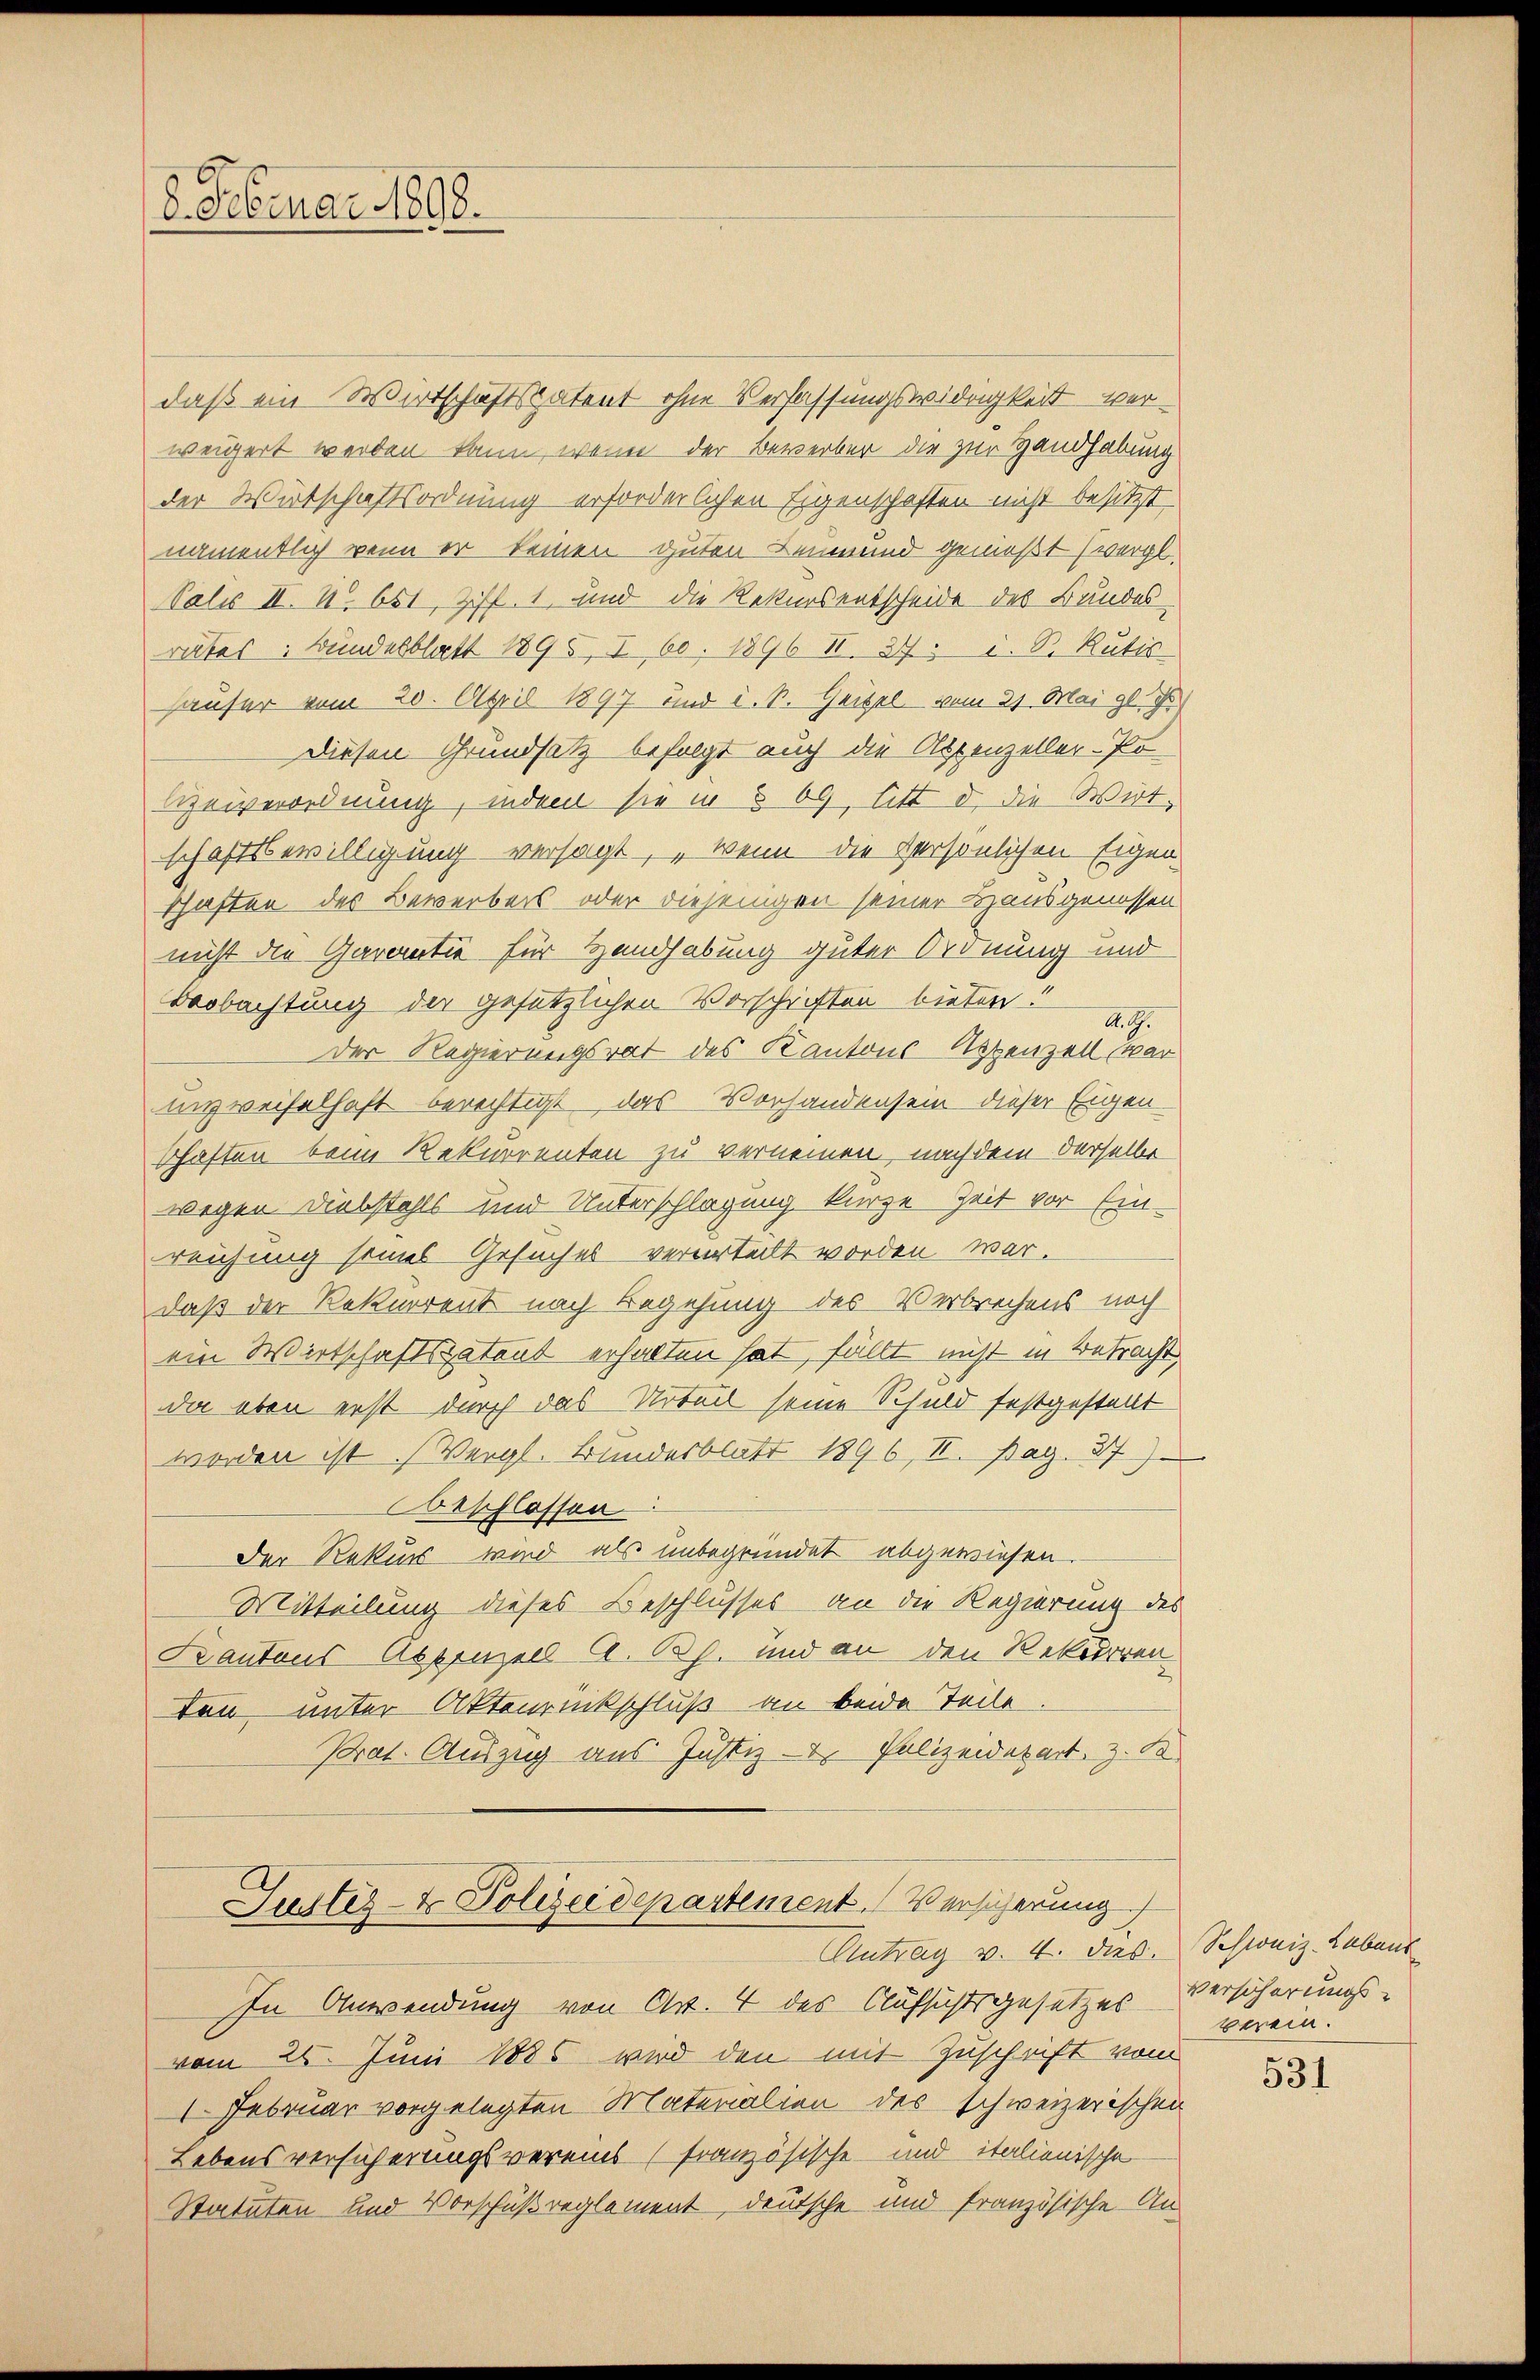
8. Februar 1898.

daß ein Wirtschaftspatent ohne Verfassungswidrigkeit verweigert werden kann, wenn der Bewerber die zur Handhabung
der Witschaftsordnung erforderlichen Eigenschaften nicht besitzt,
namentlich wenn er keinen guten Leumund genießt (vergl.
Salis II. u. 651, Ziff. 1 und die Rekursentscheide des Bundesrates: Bundesblatt 1895, I, 60. 1896 II. 27. d. S. Rütis
häuser vom 20. April 1897 und i. S. Heitel vom 21. Mai gl. Js
Diesen Grundsatz befolgt auch die Appenzeller-Po
Hzeiverordnung, indem sie in § 69, litt d. die Wirt-
schaftsbewilligung versagt, „wenn die Persönlichen Eigen
schaften des Bewerbers oder diejenigen seiner Hausgenossen
nicht die Garantie für Handhabung guter Ordnung und
Beobachtung der gesetzlichen Vorschichten bieten!
A. G.
Der Regierungsrat des Kantons Appenzell war
unzweifelhaft berechtigt, das Vorhandensein dieser Eigen
Schaften beim Rekurrenten zu vernennen, nachdem derselbe
wegen Diebstahls und Unterschlagung kurze Zeit vor Ein-
reichung seines Gesuches verurteilt worden war.
daß der Rekurrent nach Begehung des Verbrechens noch
ein Wirtschaftspatent erhalten hat, fällt nicht in Betracht,
da eben erst durch das Urteil seine Schuld festgestellt
worden ist (Vergl. Bundesblatt 1896, II. pag. 37)
Beschlossen
Der Rekurs wird als unbegründet abgewiesen.
Mitteilung dieses Beschlusses an die Regierung des
Kantons Appenzell A. Rh. und an den Rekurren
ten unter Aktenrückschluß an beide Teile
Prat. Auszug aus Justiz- & Polizeidepart, z. B.

Justiz- & Polizeidepartement. Versicherung
Antrag v. 4. dies Schweiz. Lebens

In Anwendung von Art. 4 des Aufsichtsgesetzes Verscherungs-
vom 26. Juni 1885 wird den mit Zuschrift vom
1 Februar vorgelegten Materialien des schweizerischen
Lebensversicherungsvereins (französische und italienische
Statuten und Vorschuß reglement, deutsche und französische An-

verein:

531